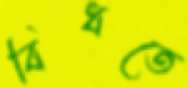
বিঁধতে